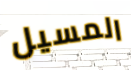
المسيل